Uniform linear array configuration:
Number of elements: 48
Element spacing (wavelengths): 0.25
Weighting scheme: uniform
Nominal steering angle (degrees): -60
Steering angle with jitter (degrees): -60.645
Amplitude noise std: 0.05
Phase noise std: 0.05

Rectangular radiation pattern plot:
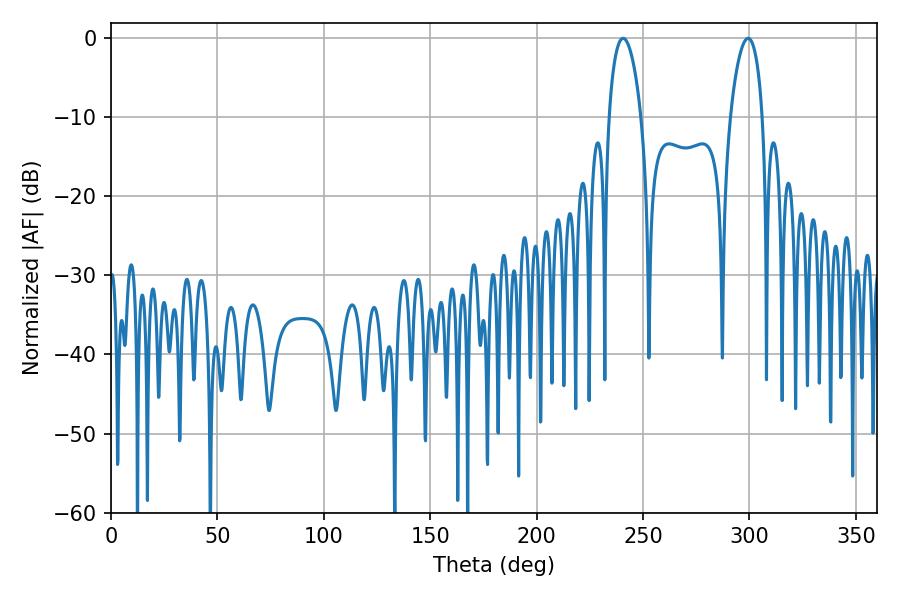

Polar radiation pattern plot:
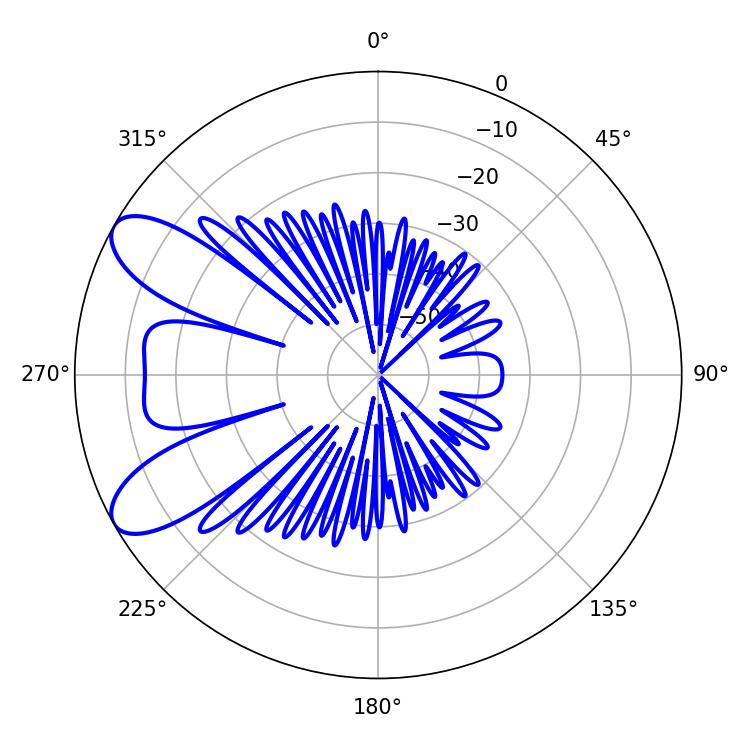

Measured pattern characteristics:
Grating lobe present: FALSE
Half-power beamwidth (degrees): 8.46
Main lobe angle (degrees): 240.66